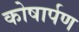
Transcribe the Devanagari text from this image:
कोषार्पण